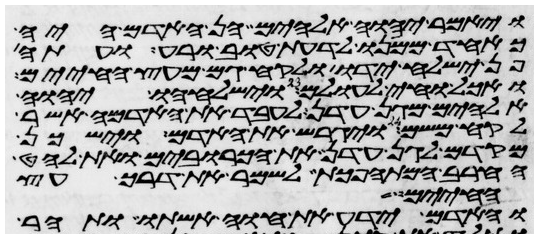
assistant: ויאמר יהוה אלהים הן האדם היה
כאחד ממנו לדעת טוב ורע ועתה
פן ישלח ידו ולקח גם מעץ החיים
ואכל וחי לעולם וישלחהו יהוה
אלהים מגן עדן לעבד את האדמה אשר
לקח משם ויגרש את האדם וישכן
מקדם לגן עדן את הכרובים ואת לחט
החרב המתהפכת לשמר את דרך עץ
החיים
והאדם ידע את חוה אשתו ותהר